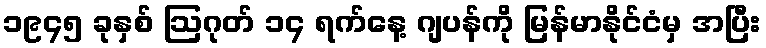
၁၉၄၅ ခုနှစ် ဩဂုတ် ၁၄ ရက်နေ့ ဂျပန်ကို မြန်မာနိုင်ငံမှ အပြီး